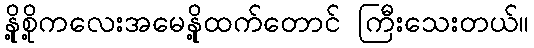
နို့စို့ကလေးအမေနို့ထက်တောင် ကြီးသေးတယ်။